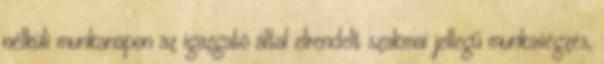
nélküli munkanapon az igazgató által elrendelt szakmai jellegű munkavégzés,